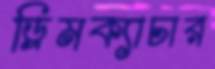
ড্রিমক্যাচার